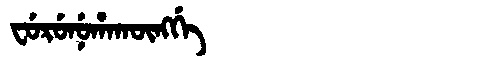
Manchu: ᠸᡠᡵᡠᠨᡠᡥᠠᡴᡡᠩᡤᡝ
Romanization: FURUNUHAKŪNGGE